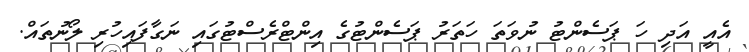
އެއީ އަދި ހަ ޕަސެންޓު ނުވަތަ ހަތަރު ޕަސެންޓުގެ އިންޓްރެސްޓުގައި ނަގާފައިހުރި ލޯނުތައް.